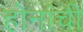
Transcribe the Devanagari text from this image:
होनांची